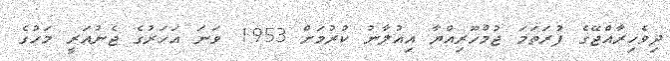
ދިވެހިރާއްޖޭގެ ފުރަތަމަ ޖުމްހޫރިއްޔާ އިއުލާނު ކުރުމަށް 1953 ވަނަ އަހަރުގެ ޖެނުއަރީ މަހުގެ